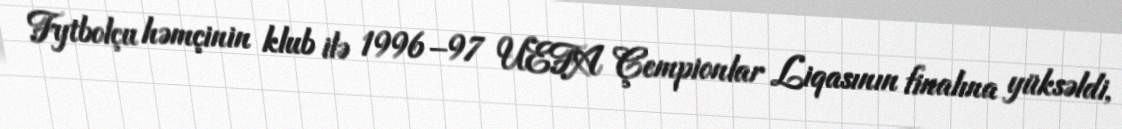
Fytbolçu həmçinin klub ilə 1996–97 UEFA Çempionlar Liqasının finalına yüksəldi,